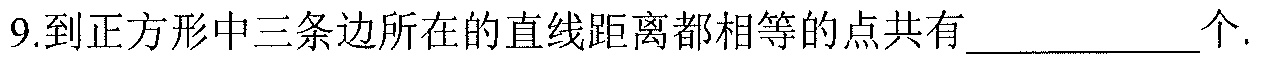
9.到正方形中三条边所在的直线距离都相等的点共有\(\underline{\quad\quad}\)个.